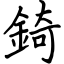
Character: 錡